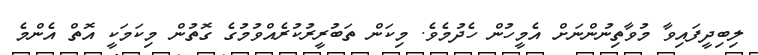
ލިބިދީފައިވާ މުވާތިނުންނަށް އެމީހުން ހެދުމެވެ. މިކަން ތަބުރީރުކުރެއްވުމުގެ ގޮތުން މިކަމަކީ އޮތް އެންމެ